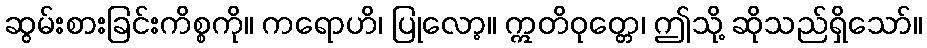
ဆွမ်းစားခြင်းကိစ္စကို။ ကရောဟိ၊ ပြုလော့။ ဣတိဝုတ္တေ၊ ဤသို့ ဆိုသည်ရှိသော်။